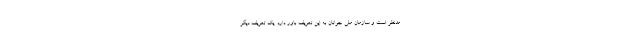
مدنظر است و سازمان ملی جوانان به این تعریف باور دارد. یک تعریف دیگر